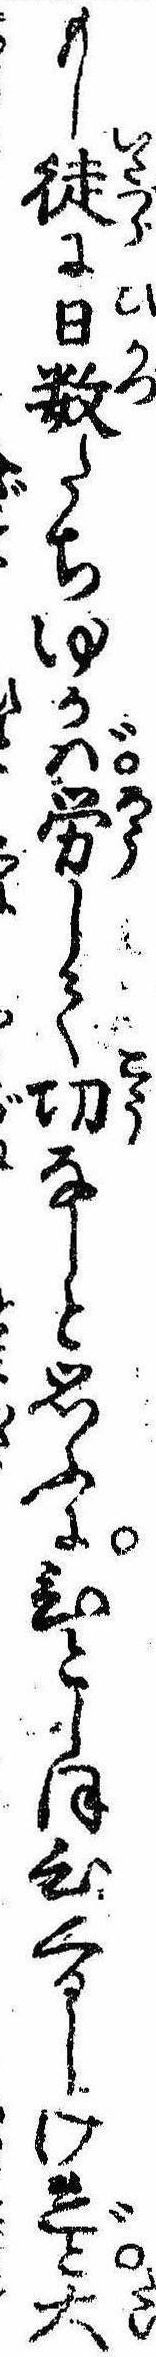
もし徒に日数たちゆかば労して㓛なしと思ふにひとしほ心くるしけれど大